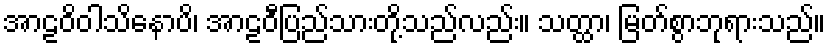
အာဠဝိဝါသိနောပိ၊ အာဠဝီပြည်သားတို့သည်လည်း။ သတ္ထာ၊ မြတ်စွာဘုရားသည်။